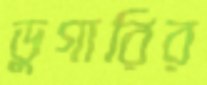
ডুগারির